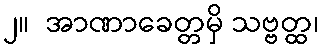
၂။  အာဏာခေတ္တမှိ သဗ္ဗတ္ထ၊